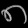
Digit: ၈